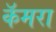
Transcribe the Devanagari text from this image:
कॅमरा